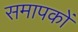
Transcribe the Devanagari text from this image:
समापकों